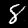
Digit: 8